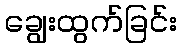
ချွေးထွက်ခြင်း